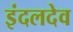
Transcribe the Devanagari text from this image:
इंदलदेव